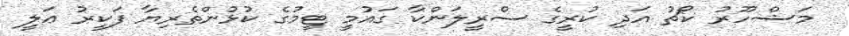
މަޝްހޫރު ކޯޗު އަދި ކުރީގެ ސްރީލަންކާ ގައުމީ ޓީމުގެ ކުޅުންތެރިޔާ ފަކީރު ޢަލީ